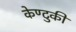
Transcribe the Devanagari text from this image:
केण्टुकी